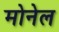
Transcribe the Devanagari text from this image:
मोनेल